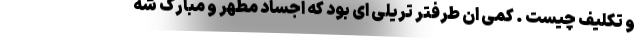
و تکلیف چیست . کمی ان طرفتر تریلی ای بود که اجساد مطهر و مبارک شه